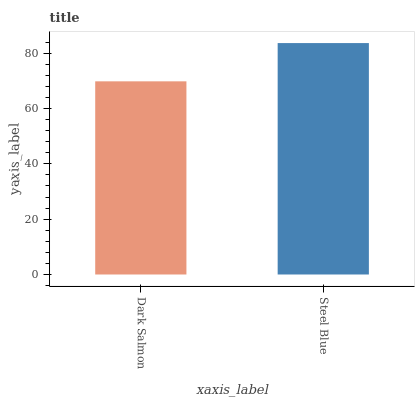
| xaxis_label | bars |
 | --- | --- |
 | Dark Salmon | 69.8 |
 | Steel Blue | 83.6 |